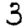
Digit: 3